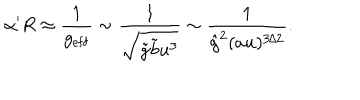
\alpha ^ { \prime } R \approx \frac { 1 } { g _ { \mathrm { e f f } } } \sim \frac { 1 } { \sqrt { \tilde { g } \tilde { b } u ^ { 3 } } } \sim \frac { 1 } { { \hat { g } } ^ { 2 } ( a u ) ^ { 3 / 2 } } .